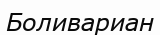
Боливариан